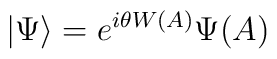
| \Psi\rangle = e^{i \theta W(A)} \Psi (A)